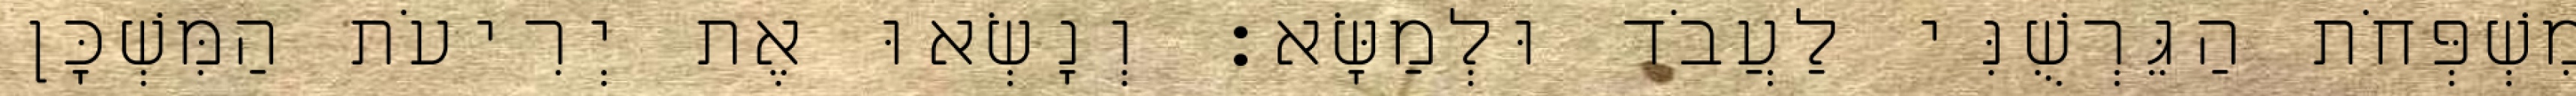
מִשְׁפְּחֹת הַגֵּרְשֻׁנִּי לַעֲבֹד וּלְמַשָּׂא׃ וְנָשְׂאוּ אֶת יְרִיעֹת הַמִּשְׁכָּן